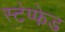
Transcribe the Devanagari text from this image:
स्टेप्फेड